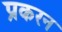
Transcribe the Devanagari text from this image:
प्रकरन